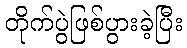
တိုက်ပွဲဖြစ်ပွားခဲ့ပြီး